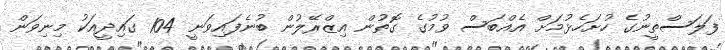
ފަލަސްތީނުގެ ހުށަހެޅުމަށް އެއްބަސް ވުމުގެ ގޮތުން އިޒްރޭލުން ބުނެފައިވަނީ 104 ގައިދީއަކު މިނިވަން